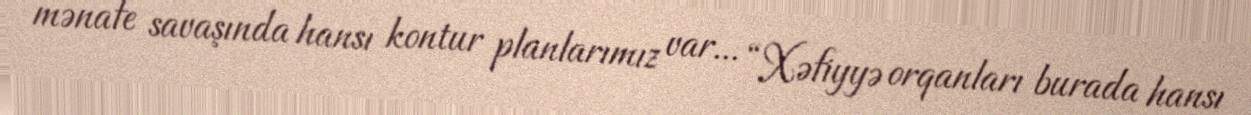
mənafe savaşında hansı kontur planlarımız var... “Xəfiyyə orqanları burada hansı